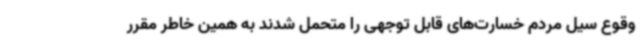
وقوع سیل مردم خسارت‌های قابل توجهی را متحمل شدند به همین خاطر مقرر